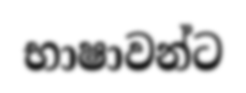
භාෂාවන්ට